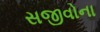
સજીવોના